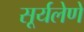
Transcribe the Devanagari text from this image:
सूर्यलेणे